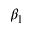
\beta _ { 1 }